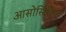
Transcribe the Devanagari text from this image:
आसोसिलीज़